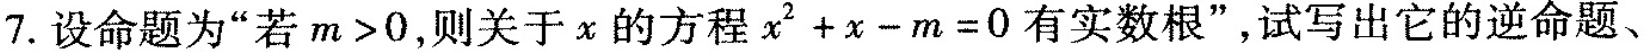
7.设命题为”若$$m > 0$$，则关于x的方程$$x ^ { 2 } + x - m = 0$$有实数根”，试写出它的逆命题、